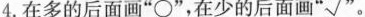
4.在多的后面画“\bigcirc ”，在少的后面画“√”。